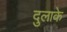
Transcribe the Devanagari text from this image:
दुलाके